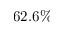
6 2 . 6 \%